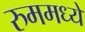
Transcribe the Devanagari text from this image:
रुममध्ये